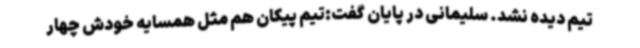
تیم دیده نشد. سلیمانی در پایان گفت:تیم پیکان هم مثل همسایه خودش چهار